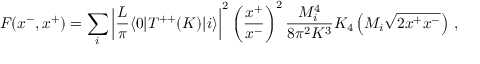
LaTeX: F ( x ^ { - } , x ^ { + } ) = \sum _ { i } \left| { \frac { L } { \pi } } \langle 0 | T ^ { + + } ( K ) | i \rangle \right| ^ { 2 } \left( { \frac { x ^ { + } } { x ^ { - } } } \right) ^ { 2 } { \frac { M _ { i } ^ { 4 } } { 8 \pi ^ { 2 } K ^ { 3 } } } K _ { 4 } \left( M _ { i } \sqrt { 2 x ^ { + } x ^ { - } } \right) \, ,